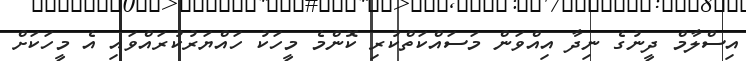
އިސްލާމް ދީނުގެ ނިދާ އިއްވަން މަސައްކަތްކުރި ކޮންމެ މީހަކު ހައްޔަރުކުރައްވައި އެ މީހަކަށް